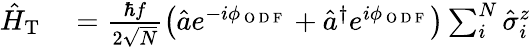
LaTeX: \begin{array}{rl}{\hat{H}_{\mathrm{T}}}&{{}=\frac{\hbar f}{2\sqrt{N}}\left(\hat{a}e^{-i\phi_{\mathrm{~O~D~F~}}}+\hat{a}^{\dagger}e^{i\phi_{\mathrm{~O~D~F~}}}\right)\sum_{i}^{N}\hat{\sigma}_{i}^{z}}\end{array}